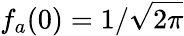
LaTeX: f_{a}(0)=1/\sqrt{2\pi}